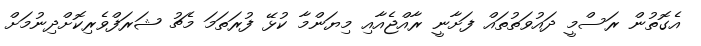
އެގޮތުން ރަސްމީ ދައުވަތުތައް ފަށާނީ ރާއްޖެއާއި މިޔަންމާ ކުޅޭ ފުރަތަމަ މެޗު ޝަރަފްވެރިކޮށްދިނުމަށް